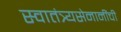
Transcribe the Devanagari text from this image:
स्वातंत्र्यसेनानींची